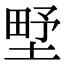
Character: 㙒